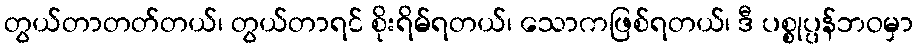
တွယ်တာတတ်တယ်၊ တွယ်တာရင် စိုးရိမ်ရတယ်၊ သောကဖြစ်ရတယ်၊ ဒီ ပစ္စုပ္ပန်ဘဝမှာ